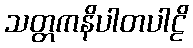
သတ္တကနိပါတပါဠိ